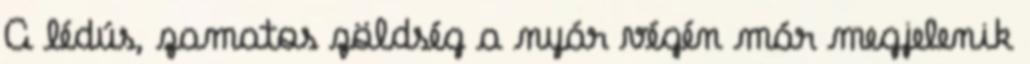
A lédús, zamatos zöldség a nyár végén már megjelenik